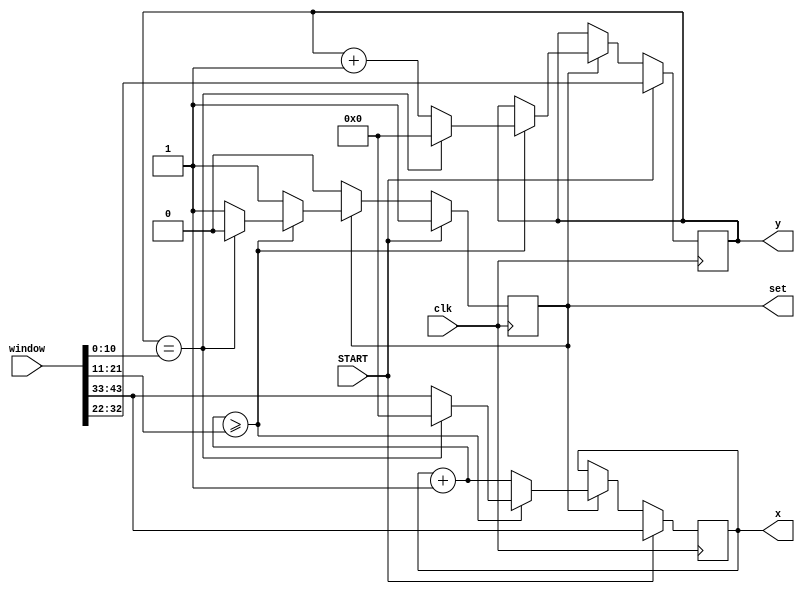
module SRAM_WINDOW_SCAN(
	input wire clk,
	input wire START,
	input wire [43:0] window,
	output reg [10:0] x,
	output reg [10:0] y,
	output reg set
	);
		
always @(posedge clk) 
begin
	//
	if (START==1) begin
		x = window[43:33];
		y <= window[32:22];
		set<=1;
	end
	//  
	else if (set == 1) begin
		x=x+1;
		//    
		if (x >= window[21:11]) begin
			if (y == window[10:0]) begin
				set<=0;
				y<=0;
				x=0;
			end
			else begin
				y<=y+1;
				x=window[43:33];
			end;
		end
	end
end
endmodule